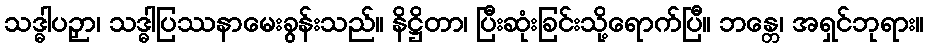
သဒ္ဓါပဉှာ၊ သဒ္ဓါပြဿနာမေးခွန်းသည်။ နိဋ္ဌိတာ၊ ပြီးဆုံးခြင်းသို့ရောက်ပြီ။ ဘန္တေ၊ အရှင်ဘုရား။